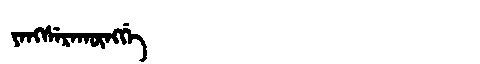
Manchu: ᠶᠠᠩᠰᡝᡵᠠᡴᡡᠩᡤᡝ
Romanization: YANGSERAKŪNGGE